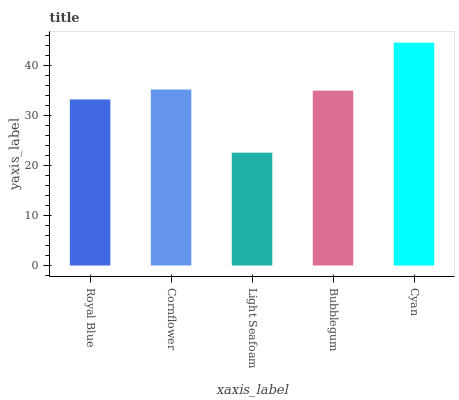
| xaxis_label | bars |
 | --- | --- |
 | Royal Blue | 33.2 |
 | Cornflower | 35.2 |
 | Light Seafoam | 22.6 |
 | Bubblegum | 35 |
 | Cyan | 44.6 |